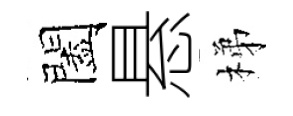
闔悬梯